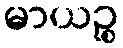
မာယဉ္စ